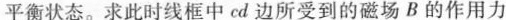
平衡状态。求此时线框中cd边所受到的磁场B的作用力